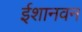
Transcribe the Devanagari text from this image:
ईशानवन